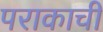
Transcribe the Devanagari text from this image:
पराकाची